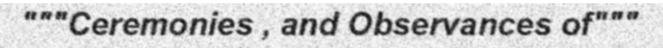
"""Ceremonies , and Observances of"""